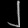
Digit: ၂